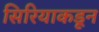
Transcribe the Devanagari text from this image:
सिरियाकडून